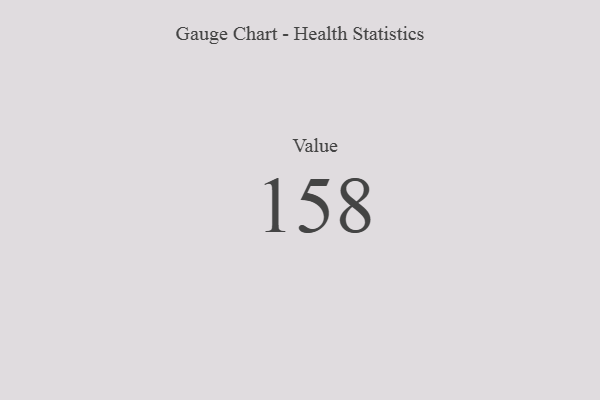
{"axis": {"x": "Metric", "y": "Value"}, "legend": [""], "data": [{"x": "Value", "y": 158, "type": ""}]}